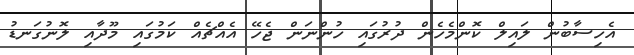
އެހިސާބުން ލައިލް ކޮންމެެހެން ދުރުގައި ހުންނަން ޖެހޭ އެއްޗެއް ކަމުގައި މޫދާއި ލޮނުގަނޑު